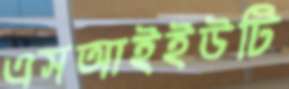
এসআইইউটি